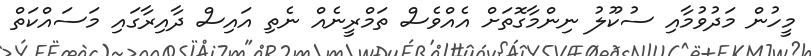
މީހުން މަދުވުމާއި ސުކޫލު ނިންމާގޮތަށް އެއްވެސް ތަމްރީނެއް ނެތި އައިސް ދާއިރާގައި މަސައްކަތް